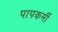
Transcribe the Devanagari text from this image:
पापकर्मी